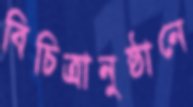
বিচিত্রানুষ্ঠানে